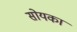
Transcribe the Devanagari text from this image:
सोयका